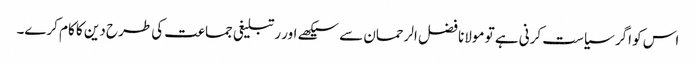
اس کو اگر سیاست کرنی ہے تو مولانا فضل الرحمان سے سیکھے اور رتبلیغی جماعت کی طرح دین کا کام کرے۔